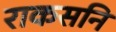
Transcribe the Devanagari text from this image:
राकसनि